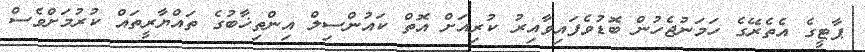
ޕާޓީގެ އެތެރޭގެ ހަމަނުޖެހުން ބޮޑުވެފައިވާއިރު ކުރިއަށް އޮތް ކައުންސިލް އިންތިޚާބުގެ ތައްޔާރީތައް ކުރުމަށްވެސް